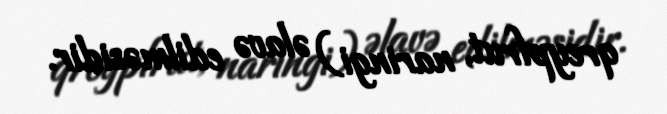
qreypfrut, naringi) əlavə edilməsidir.